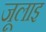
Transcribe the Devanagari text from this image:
जूलाइ